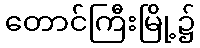
တောင်ကြီးမြို့၌